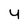
Character: 4